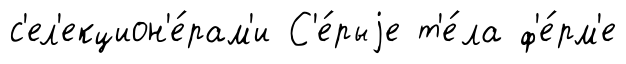
с'ел'екцион'е́рам'и С'е́рыjе т'е́ла ф'е́рм'е